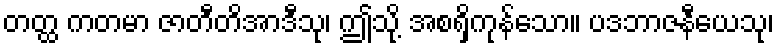
တတ္ထ ကတမာ ဇာတီတိအာဒီသု၊ ဤသို့ အစရှိကုန်သော။ ပဒဘာဇနီယေသု၊